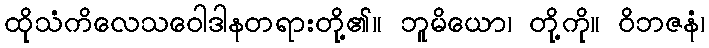
ထိုသံကိလေသဝေါဒါနတရားတို့၏။ ဘူမိယော၊ တို့ကို။ ဝိဘဇနံ၊